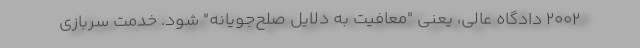
۲۰۰۲ دادگاه عالی، یعنی "معافیت به دلایل صلح‌جویانه" شود. خدمت سربازی